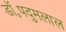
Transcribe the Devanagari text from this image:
डॉ॰पदुमलाल